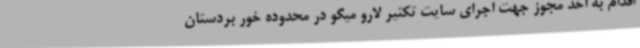
اقدام به اخذ مجوز جهت اجرای سایت تکثیر لارو میگو در محدوده خور بردستان